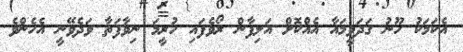
އެކަމަކު ހޫނު ގަދަވީމައާ އެއްކޮށް އަލިފާން ރޯވެފައި ހުރީމަ ނިވާފަތާ ވަދެވޭނީ އެހެންވެ